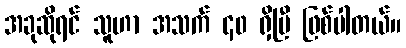
အခုဆိုရင် သူဟာ အသက် ၄၀ ရှိပြီ ဖြစ်ပါတယ်။